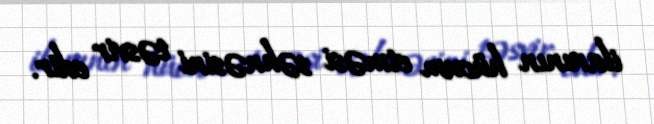
ilanının hücum etməsi səhnəsini təsvir edir.